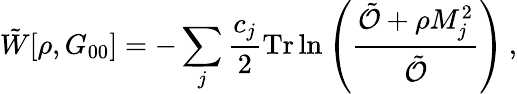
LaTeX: \tilde{W}[\rho,G_{00}]=-\sum_{j}\frac{c_{j}}{2}\mathrm{Tr}\ln\left(\frac{\tilde{\mathcal{O}}+\rho M_{j}^{2}}{\tilde{\mathcal{O}}}\right)\, ,